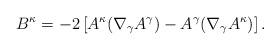
LaTeX: \begin{align*}B^\kappa=-2\left[A^\kappa(\nabla_\gamma A^\gamma)-A^\gamma(\nabla_\gamma A^\kappa)\right].\end{align*}